Annual report on the Civil Veterinary Department, Burma (including the Insein Veterinary School) - 1910-1922
Year: 1910
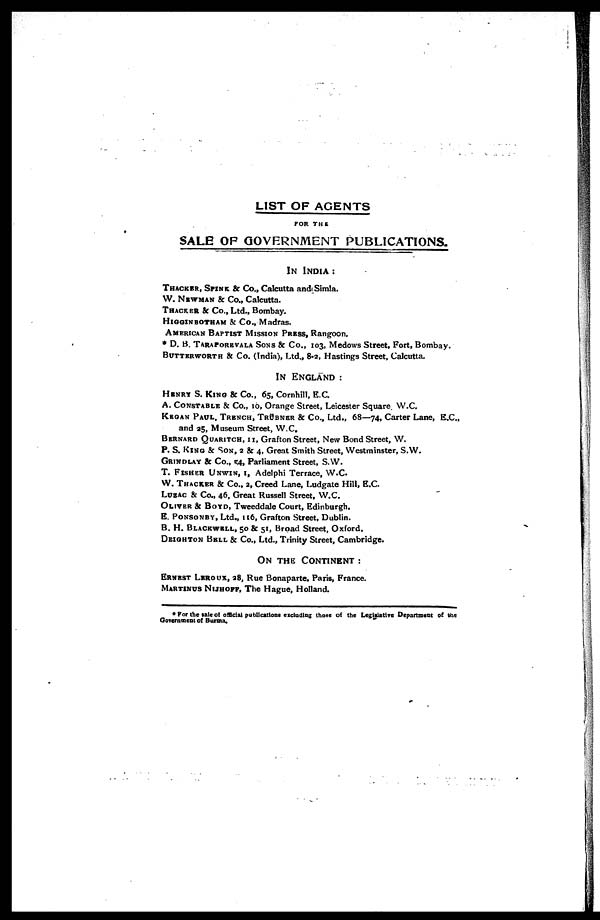
LIST OF AGENTS
FOR THE
SALE OF GOVERNMENT PUBLICATIONS.
IN INDIA :
THACKER, SPINK & Co., Calcutta and Simla.
W. NEWMAN & Co., Calcutta.
THACKER & Co., Ltd., Bombay.
HIGGINBOTHAM & Co., Madras.
AMERICAN BAPTIST MISSION PRESS, Rangoon.
* D. B. TARAPOREVALA SONS & Co., 103, Medows Street, Fort, Bombay.
BUTTERWORTH & Co. (India), Ltd., 8.2, Hastings Street, Calcutta.
IN ENGLAND :
HENRY S. KING & Co., 65, Cornhill, E.C.
A. CONSTABLE & Co., 10, Orange Street, Leicester Square, W.C.
KEGAN PAUL, TRENCH, TRÜBNER & Co., Ltd., 68—74, Carter Lane, E.C.,
and 25, Museum Street, W.C.
BERNARD QUARITCH, II, Grafton Street, New Bond Street, W.
P. S. KING & SON, 2 & 4, Great Smith Street, Westminster, S.W.
GRINDLAY & Co., 54, Parliament Street, S.W.
T. FISHER UNWIN, 1, Adelphi Terrace, W.C.
W. THACKER & Co., 2, Creed Lane, Ludgate Hill, E.C.
LUZAC & Co., 46, Great Russell Street, W.C.
OLIVER & BOYD, Tweeddale Court, Edinburgh.
E. PONSONBY, Ltd., 116, Grafton Street, Dublin.
B. H. BLACKWELL, 50 & 51, Broad Street, Oxford.
DEIGHTON BELL & Co., Ltd., Trinity Street, Cambridge.
ON THE CONTINENT :
ERNEST LEROUX, 28, Rue Bonaparte, Paris, France.
MARTINUS NIJHOFF, The Hague, Holland.
* For the sale of official publications excluding those of the Legislative Department of the
Government of Burma.